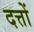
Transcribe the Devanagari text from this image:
दत्तों